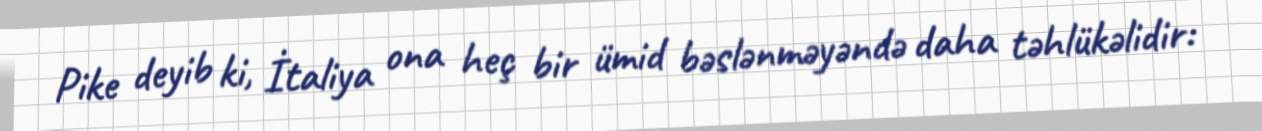
Pike deyib ki, İtaliya ona heç bir ümid bəslənməyəndə daha təhlükəlidir: